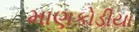
માણકોડીયા